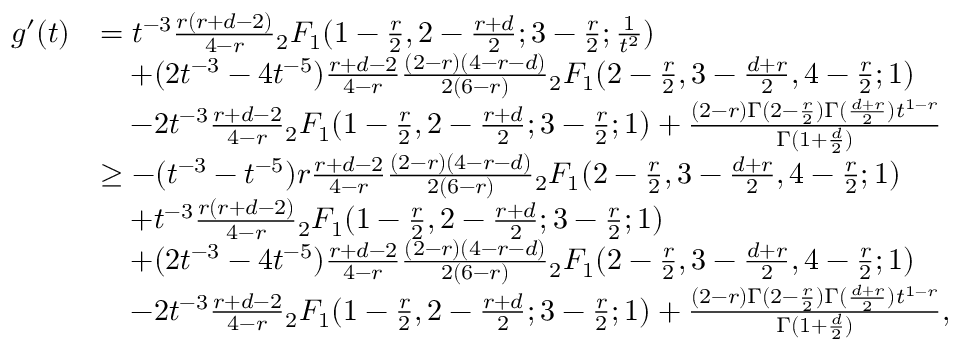
\begin{array} { r l } { g ^ { \prime } ( t ) } & { = t ^ { - 3 } \frac { r ( r + d - 2 ) } { 4 - r } { _ 2 F _ { 1 } } ( 1 - \frac { r } { 2 } , 2 - \frac { r + d } { 2 } ; 3 - \frac { r } { 2 } ; \frac { 1 } { t ^ { 2 } } ) } \\ & { \quad + ( 2 t ^ { - 3 } - 4 t ^ { - 5 } ) \frac { r + d - 2 } { 4 - r } \frac { ( 2 - r ) ( 4 - r - d ) } { 2 ( 6 - r ) } { _ 2 F _ { 1 } } ( 2 - \frac { r } { 2 } , 3 - \frac { d + r } { 2 } , 4 - \frac { r } { 2 } ; 1 ) } \\ & { \quad - 2 t ^ { - 3 } \frac { r + d - 2 } { 4 - r } { _ 2 F _ { 1 } } ( 1 - \frac { r } { 2 } , 2 - \frac { r + d } { 2 } ; 3 - \frac { r } { 2 } ; 1 ) + \frac { ( 2 - r ) \Gamma ( 2 - \frac { r } 2 ) \Gamma ( \frac { d + r } { 2 } ) t ^ { 1 - r } } { \Gamma ( 1 + \frac { d } { 2 } ) } } \\ & { \geq - ( t ^ { - 3 } - t ^ { - 5 } ) r \frac { r + d - 2 } { 4 - r } \frac { ( 2 - r ) ( 4 - r - d ) } { 2 ( 6 - r ) } { _ 2 F _ { 1 } } ( 2 - \frac { r } { 2 } , 3 - \frac { d + r } { 2 } , 4 - \frac { r } { 2 } ; 1 ) } \\ & { \quad + t ^ { - 3 } \frac { r ( r + d - 2 ) } { 4 - r } { _ 2 F _ { 1 } } ( 1 - \frac { r } { 2 } , 2 - \frac { r + d } { 2 } ; 3 - \frac { r } { 2 } ; 1 ) } \\ & { \quad + ( 2 t ^ { - 3 } - 4 t ^ { - 5 } ) \frac { r + d - 2 } { 4 - r } \frac { ( 2 - r ) ( 4 - r - d ) } { 2 ( 6 - r ) } { _ 2 F _ { 1 } } ( 2 - \frac { r } { 2 } , 3 - \frac { d + r } { 2 } , 4 - \frac { r } { 2 } ; 1 ) } \\ & { \quad - 2 t ^ { - 3 } \frac { r + d - 2 } { 4 - r } { _ 2 F _ { 1 } } ( 1 - \frac { r } { 2 } , 2 - \frac { r + d } { 2 } ; 3 - \frac { r } { 2 } ; 1 ) + \frac { ( 2 - r ) \Gamma ( 2 - \frac { r } 2 ) \Gamma ( \frac { d + r } { 2 } ) t ^ { 1 - r } } { \Gamma ( 1 + \frac { d } { 2 } ) } , } \end{array}